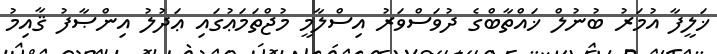
ޚަލީފާ އުމަރު ބުނުލް ޚައްތާބްގެ ދުވަސްވަރު އިސްލާމީ މުޖްތަމަޢުގައި ޢަދުލު އިންޞާފު ޤާއިމު